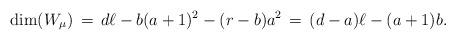
LaTeX: \begin{align*} {\rm dim}(W_\mu) \,=\, d \ell - b(a+1)^2 - (r-b)a^2\,=\,(d-a) \ell - (a+1)b. \end{align*}